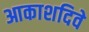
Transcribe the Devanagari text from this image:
आकाशदिवे